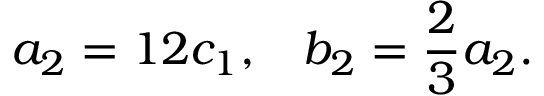
a _ { 2 } = 1 2 c _ { 1 } , \; \; \; b _ { 2 } = \frac { 2 } { 3 } a _ { 2 } .